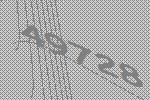
49728